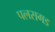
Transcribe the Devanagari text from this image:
पलसगड